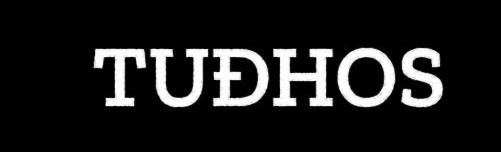
TUĐHOS